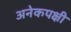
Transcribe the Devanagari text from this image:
अनेकपक्षी